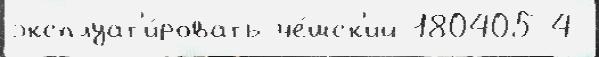
эксплуат'и́ровать че́шск'ий 180405 4-